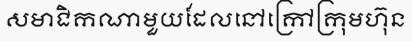
សមាជិកណាមួយដែលនៅក្រៅក្រុមហ៊ុន